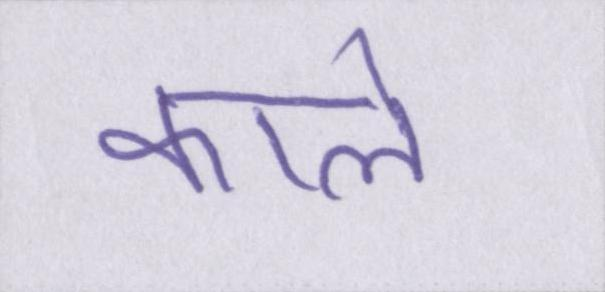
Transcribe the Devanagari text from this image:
काले